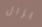
يزال